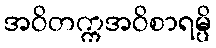
အဝိတက္ကအဝိစာရမ္ပိ